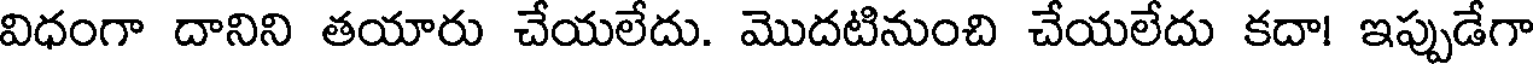
విధంగా దానిని తయారు చేయలేదు. మొదటినుంచి చేయలేదు కదా! ఇప్పుడేగా